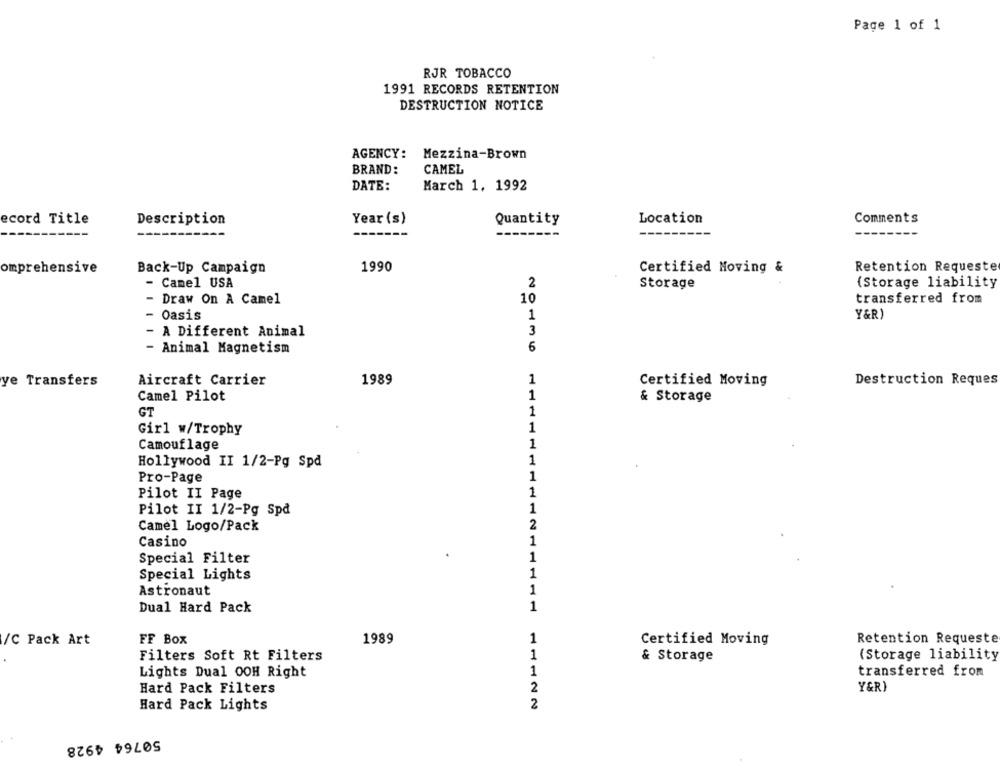
Page 1 of 1
RJR TOBACCO
1991 RECORDS RETENTION
DESTRUCTION NOTICE
AGENCY:
Mezzina-Brown
BRAND:
CAMEL
DATE:
March 1. 1992
ecord Title
Description
Year (s)
Quantity
Location
Comments
omprehensive
Back-Up Campaign
1990
Certified Moving &
Retention Requeste
- Camel USA
2
Storage
(Storage liability
- Draw On A Camel
10
transferred from
- Oasis
1
Y&R)
- A Different Animal
3
6
- Animal Magnetism
ye Transfers
Aircraft Carrier
1989
1
Certified Moving
Destruction Reques
Camel Pilot
1
& Storage
GT
1
Girl w/Trophy
1
Camouflage
1
Hollywood II 1/2-Pg Spd
1
Pro-Page
1
Pilot II Page
1
1
Pilot II 1/2-Pg Spd
2
Camel Logo/Pack
Casino
1
Special Filter
1
Special Lights
1
Astronaut
1
Dual Hard Pack
1
/C Pack Art
FF Box
1989
1
Certified Moving
Retention Requeste
Filters Soft Rt Filters
1
(Storage liability
& Storage
Lights Dual OOH Right
1
transferred from
Hard Pack Filters
2
Y&R)
Hard Pack Lights
2
50764 4928